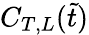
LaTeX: C_{T,L}(\tilde{t})